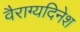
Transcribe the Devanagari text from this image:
वैराग्यदिनेश